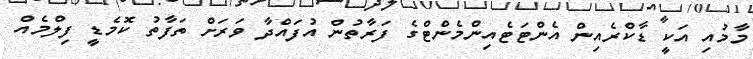
މާމުއި އަކީ ޑާކްރެއިން އެންޓަޓެއިންމެންޓްގެ ފަރާތުން އުފައްދާ ވަރަށް ތަފާތު ކޮމެޑީ ފިލްމެއް